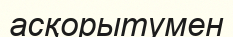
асқорытумен